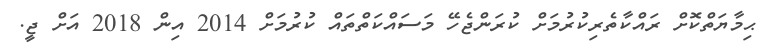
ޙިމާޔަތްކޮށް ރައްކާތެރިކުރުމަށް ކުރަންޖެހޭ މަސައްކަތްތައް ކުރުމަށް 2014 އިން 2018 އަށް ޖީ.